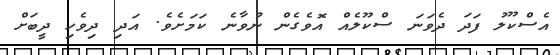
އެސްކޫލު ފަދަ ދެވަނަ ސްކޫލެއް އޮވެގެން ނުވާނެ ކަމަށެވެ. އަދި ދިވެހި ދީބަށް